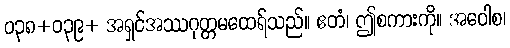
ဝ၃၈+ဝ၃၉+ အရှင်အဿဂုတ္တမထေရ်သည်။ ဧတံ၊ ဤစကားကို။ အဝေါစ၊